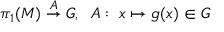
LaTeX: \pi _ { 1 } ( { \cal M } ) \stackrel { A } { \rightarrow } G , \; \; A : \; x \mapsto g ( x ) \in G